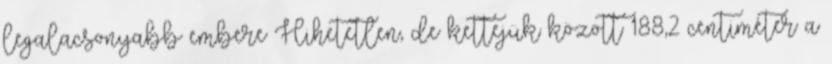
legalacsonyabb embere Hihetetlen, de kettejük között 188,2 centiméter a